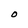
Character: O